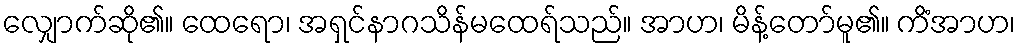
လျှောက်ဆို၏။ ထေရော၊ အရှင်နာဂသိန်မထေရ်သည်။ အာဟ၊ မိန့်တော်မူ၏။ ကိံအာဟ၊